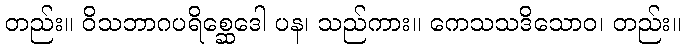
တည်း။ ဝိသဘာဂပရိစ္ဆေဒေါ ပန၊ သည်ကား။ ကေသသဒိသောဝ၊ တည်း။